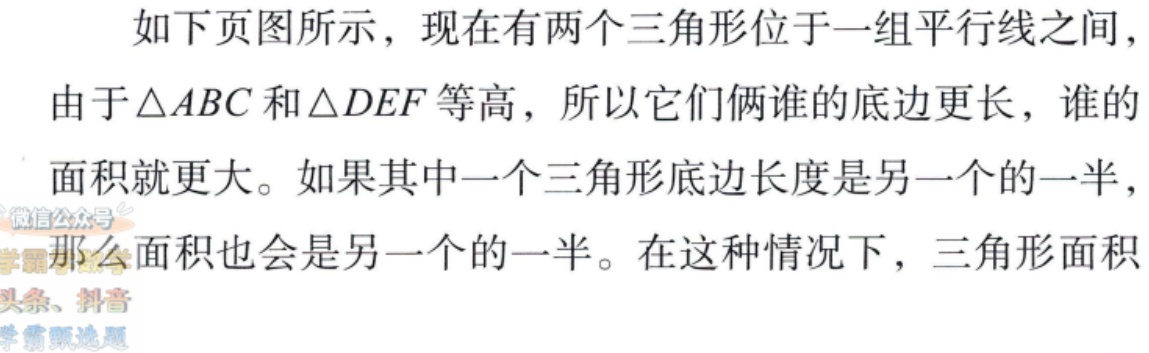
如下页图所示，现在有两个三角形位于一组平行线之间，由于$\triangle ABC$和$\triangle DEF$等高，所以它们俩谁的底边更长，谁的面积就更大。如果其中一个三角形底边长度是另一个的一半，那么面积也会是另一个的一半。在这种情况下，三角形面积